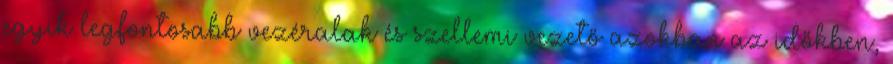
egyik legfontosabb vezéralak és szellemi vezető azokban az időkben,